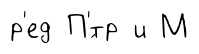
р'ед П'́тр и М